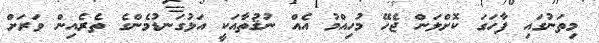
މިތަނުގައި ފާހަގަ ކޮށްލަން ޖެހޭ މުހިއްމު އެއް ނުޤުތާއަކީ އަޅުގަނޑުމެންގެ ތެރެއިން ވަރަށް